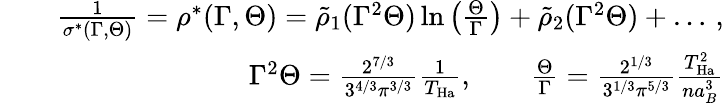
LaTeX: \begin{array}{rlr}&{}&{\frac{1}{\sigma^{*}(\Gamma,\Theta)}=\rho^{*}(\Gamma,\Theta)=\tilde{\rho}_{1}(\Gamma^{2}\Theta)\ln\left(\frac{\Theta}{\Gamma}\right)+\tilde{\rho}_{2}(\Gamma^{2}\Theta)+\dots\, ,}\\ &{}&{\Gamma^{2}\Theta=\frac{2^{7/3}}{3^{4/3}\pi^{3/3}}\frac{1}{T_{\mathrm{Ha}}},\qquad\frac{\Theta}{\Gamma}=\frac{2^{1/3}}{3^{1/3}\pi^{5/3}}\frac{T_{\mathrm{Ha}}^{2}}{na_{B}^{3}}}\end{array}